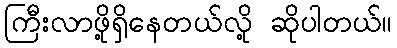
ကြီးလာဖို့ရှိနေတယ်လို့ ဆိုပါတယ်။